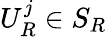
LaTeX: U_{R}^{j}\in S_{R}